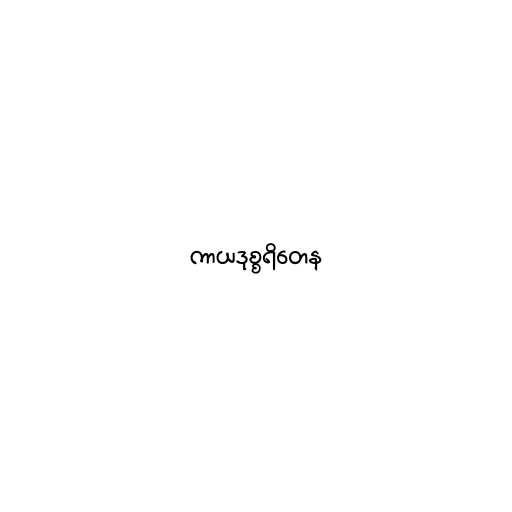
ကာယဒုစ္စရိတေန